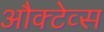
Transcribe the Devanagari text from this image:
औक्टेव्स